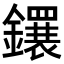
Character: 𬬕